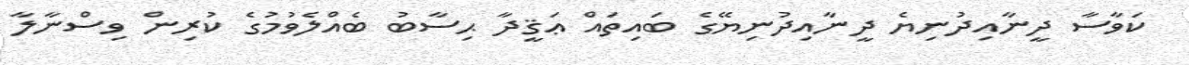
ކަވާސާ ދީނާއިދުނިޔެ ދީނާއިދުނިޔޭގެ ބައިތައް ޢަޤީދާ ޙިސާބު ބެއްލެވުމުގެ ކުރިން ވިސްނާލާ